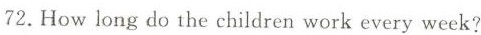
72. How long do the children work every week?